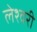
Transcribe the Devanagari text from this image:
लेश्वरी